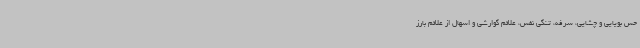
حس بویایی و چشایی، سرفه، تنگی نفس، علائم گوارشی و اسهال از علائم بارز